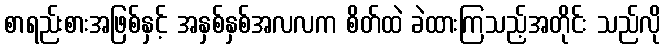
စာရည်းစားအဖြစ်နှင့် အနှစ်နှစ်အလလက စိတ်ထဲ ခဲထားကြသည့်အတိုင်း သည်လို